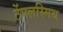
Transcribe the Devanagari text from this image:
टेंपलस्मिथ